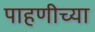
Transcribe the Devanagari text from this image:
पाहणीच्या